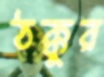
ঠক্কুর